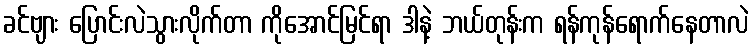
ခင်ဗျား ပြောင်းလဲသွားလိုက်တာ ကိုအောင်မြင်ရာ ဒါနဲ့ ဘယ်တုန်းက ရန်ကုန်ရောက်နေတာလဲ